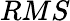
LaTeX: RMS